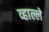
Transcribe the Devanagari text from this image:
व्हाल्ले